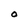
Character: O